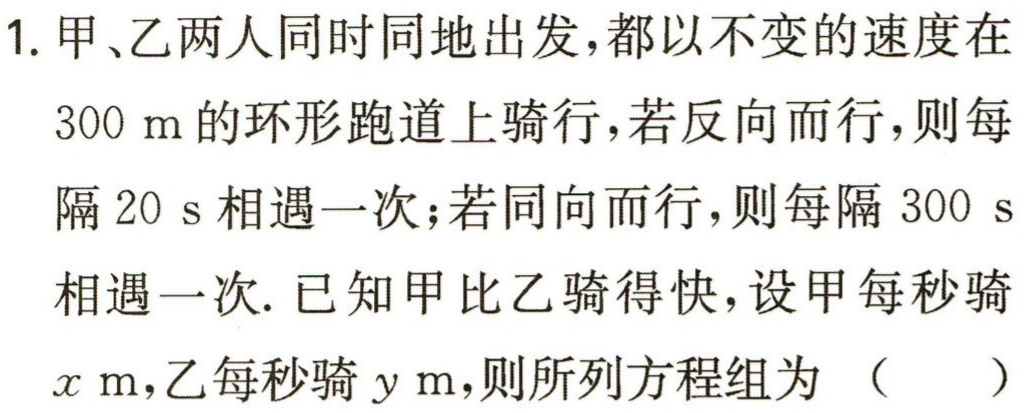
1. 甲、乙两人同时同地出发，都以不变的速度在

$300\mathrm{m}$的环形跑道上骑行，若反向而行，则每

隔$20\mathrm{s}$相遇一次；若同向而行，则每隔$300\mathrm{s}$

相遇一次. 已知甲比乙骑得快，设甲每秒骑

$x\mathrm{m}$，乙每秒骑$y\mathrm{m}$，则所列方程组为 （  ）